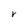
Character: r